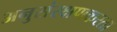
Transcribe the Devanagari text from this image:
अनुसंरक्षणकरता